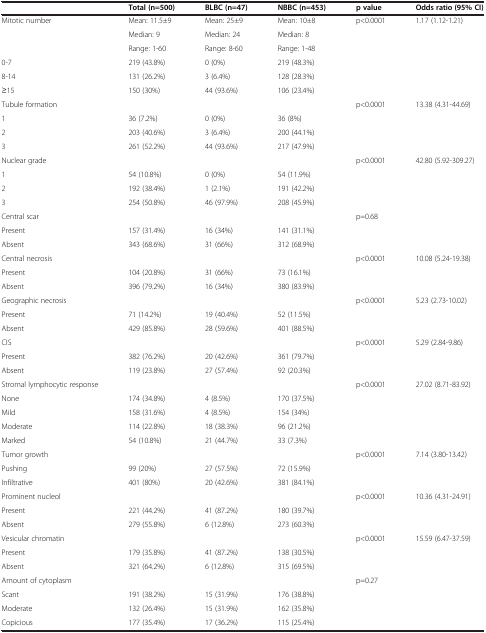
<table><thead><tr><td><b> </b></td><td><b>Total (n=500)</b></td><td><b>BLBC (n=47)</b></td><td><b>NBBC (n=453)</b></td><td><b>p value</b></td><td><b>Odds ratio (95% CI)</b></td></tr></thead><tbody><tr><td>Mitotic number</td><td>Mean: 11.5±9</td><td>Mean: 25±9</td><td>Mean: 10±8</td><td>p&lt;0.0001</td><td>1.17 (1.12-1.21)</td></tr><tr><td> </td><td>Median: 9</td><td>Median: 24</td><td>Median: 8</td><td> </td><td> </td></tr><tr><td> </td><td>Range: 1-60</td><td>Range: 8-60</td><td>Range: 1-48</td><td> </td><td> </td></tr><tr><td>0-7</td><td>219 (43.8%)</td><td>0 (0%)</td><td>219 (48.3%)</td><td> </td><td> </td></tr><tr><td>8-14</td><td>131 (26.2%)</td><td>3 (6.4%)</td><td>128 (28.3%)</td><td> </td><td> </td></tr><tr><td>≥15</td><td>150 (30%)</td><td>44 (93.6%)</td><td>106 (23.4%)</td><td> </td><td> </td></tr><tr><td>Tubule formation</td><td> </td><td> </td><td> </td><td>p&lt;0.0001</td><td>13.38 (4.31-44.69)</td></tr><tr><td>1</td><td>36 (7.2%)</td><td>0 (0%)</td><td>36 (8%)</td><td> </td><td> </td></tr><tr><td>2</td><td>203 (40.6%)</td><td>3 (6.4%)</td><td>200 (44.1%)</td><td> </td><td> </td></tr><tr><td>3</td><td>261 (52.2%)</td><td>44 (93.6%)</td><td>217 (47.9%)</td><td> </td><td> </td></tr><tr><td>Nuclear grade</td><td> </td><td> </td><td> </td><td>p&lt;0.0001</td><td>42.80 (5.92-309.27)</td></tr><tr><td>1</td><td>54 (10.8%)</td><td>0 (0%)</td><td>54 (11.9%)</td><td> </td><td> </td></tr><tr><td>2</td><td>192 (38.4%)</td><td>1 (2.1%)</td><td>191 (42.2%)</td><td> </td><td> </td></tr><tr><td>3</td><td>254 (50.8%)</td><td>46 (97.9%)</td><td>208 (45.9%)</td><td> </td><td> </td></tr><tr><td>Central scar</td><td> </td><td> </td><td> </td><td>p=0.68</td><td> </td></tr><tr><td>Present</td><td>157 (31.4%)</td><td>16 (34%)</td><td>141 (31.1%)</td><td> </td><td> </td></tr><tr><td>Absent</td><td>343 (68.6%)</td><td>31 (66%)</td><td>312 (68.9%)</td><td> </td><td> </td></tr><tr><td>Central necrosis</td><td> </td><td> </td><td> </td><td>p&lt;0.0001</td><td>10.08 (5.24-19.38)</td></tr><tr><td>Present</td><td>104 (20.8%)</td><td>31 (66%)</td><td>73 (16.1%)</td><td> </td><td> </td></tr><tr><td>Absent</td><td>396 (79.2%)</td><td>16 (34%)</td><td>380 (83.9%)</td><td> </td><td> </td></tr><tr><td>Geographic necrosis</td><td> </td><td> </td><td> </td><td>p&lt;0.0001</td><td>5.23 (2.73-10.02)</td></tr><tr><td>Present</td><td>71 (14.2%)</td><td>19 (40.4%)</td><td>52 (11.5%)</td><td> </td><td> </td></tr><tr><td>Absent</td><td>429 (85.8%)</td><td>28 (59.6%)</td><td>401 (88.5%)</td><td> </td><td> </td></tr><tr><td>CIS</td><td> </td><td> </td><td> </td><td>p&lt;0.0001</td><td>5.29 (2.84-9.86)</td></tr><tr><td>Present</td><td>382 (76.2%)</td><td>20 (42.6%)</td><td>361 (79.7%)</td><td> </td><td> </td></tr><tr><td>Absent</td><td>119 (23.8%)</td><td>27 (57.4%)</td><td>92 (20.3%)</td><td> </td><td> </td></tr><tr><td>Stromal lymphocytic response</td><td> </td><td> </td><td> </td><td>p&lt;0.0001</td><td>27.02 (8.71-83.92)</td></tr><tr><td>None</td><td>174 (34.8%)</td><td>4 (8.5%)</td><td>170 (37.5%)</td><td> </td><td> </td></tr><tr><td>Mild</td><td>158 (31.6%)</td><td>4 (8.5%)</td><td>154 (34%)</td><td> </td><td> </td></tr><tr><td>Moderate</td><td>114 (22.8%)</td><td>18 (38.3%)</td><td>96 (21.2%)</td><td> </td><td> </td></tr><tr><td>Marked</td><td>54 (10.8%)</td><td>21 (44.7%)</td><td>33 (7.3%)</td><td> </td><td> </td></tr><tr><td>Tumor growth</td><td> </td><td> </td><td> </td><td>p&lt;0.0001</td><td>7.14 (3.80-13.42)</td></tr><tr><td>Pushing</td><td>99 (20%)</td><td>27 (57.5%)</td><td>72 (15.9%)</td><td> </td><td> </td></tr><tr><td>Infiltrative</td><td>401 (80%)</td><td>20 (42.6%)</td><td>381 (84.1%)</td><td> </td><td> </td></tr><tr><td>Prominent nucleol</td><td> </td><td> </td><td> </td><td>p&lt;0.0001</td><td>10.36 (4.31-24.91)</td></tr><tr><td>Present</td><td>221 (44.2%)</td><td>41 (87.2%)</td><td>180 (39.7%)</td><td> </td><td> </td></tr><tr><td>Absent</td><td>279 (55.8%)</td><td>6 (12.8%)</td><td>273 (60.3%)</td><td> </td><td> </td></tr><tr><td>Vesicular chromatin</td><td> </td><td> </td><td> </td><td>p&lt;0.0001</td><td>15.59 (6.47-37.59)</td></tr><tr><td>Present</td><td>179 (35.8%)</td><td>41 (87.2%)</td><td>138 (30.5%)</td><td> </td><td> </td></tr><tr><td>Absent</td><td>321 (64.2%)</td><td>6 (12.8%)</td><td>315 (69.5%)</td><td> </td><td> </td></tr><tr><td>Amount of cytoplasm</td><td> </td><td> </td><td> </td><td>p=0.27</td><td> </td></tr><tr><td>Scant</td><td>191 (38.2%)</td><td>15 (31.9%)</td><td>176 (38.8%)</td><td> </td><td> </td></tr><tr><td>Moderate</td><td>132 (26.4%)</td><td>15 (31.9%)</td><td>162 (35.8%)</td><td> </td><td> </td></tr><tr><td>Copicious</td><td>177 (35.4%)</td><td>17 (36.2%)</td><td>115 (25.4%)</td><td> </td><td> </td></tr></tbody></table>